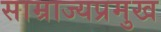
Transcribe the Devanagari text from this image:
साम्राज्यप्रमुख